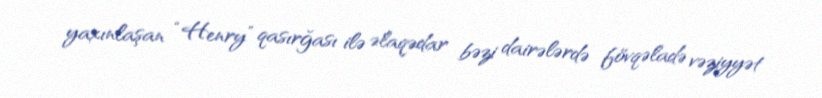
yaxınlaşan “Henry” qasırğası ilə əlaqədar bəzi dairələrdə fövqəladə vəziyyət